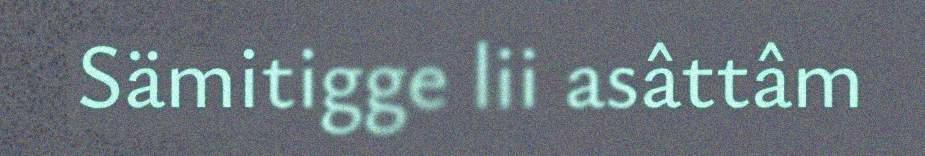
Sämitigge lii asâttâm